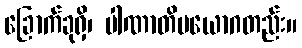
ခြောက်ခုရှိ၊ ပါဏာတိပယောဂတည်း။